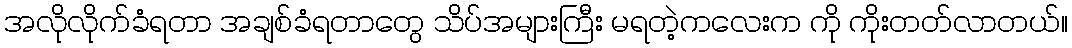
အလိုလိုက်ခံရတာ အချစ်ခံရတာတွေ သိပ်အများကြီး မရတဲ့ကလေးက ကို ကိုးတတ်လာတယ်။